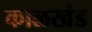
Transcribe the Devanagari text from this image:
काळखंड